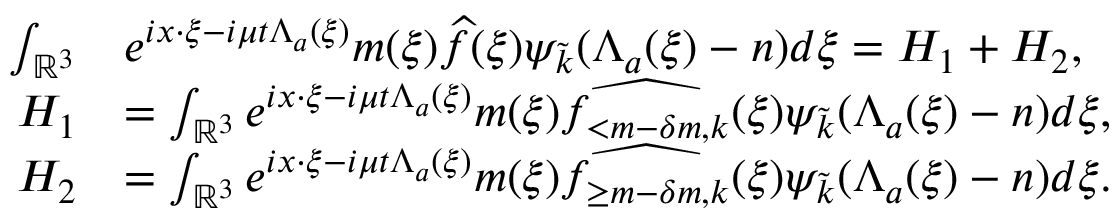
\begin{array} { r l } { \int _ { \mathbb { R } ^ { 3 } } } & { e ^ { i x \cdot \xi - i \mu t \Lambda _ { a } ( \xi ) } m ( \xi ) \widehat { f } ( \xi ) \psi _ { \tilde { k } } ( \Lambda _ { a } ( \xi ) - n ) d \xi = H _ { 1 } + H _ { 2 } , } \\ { H _ { 1 } } & { = \int _ { \mathbb { R } ^ { 3 } } e ^ { i x \cdot \xi - i \mu t \Lambda _ { a } ( \xi ) } m ( \xi ) \widehat { f _ { < m - \delta m , k } } ( \xi ) \psi _ { \tilde { k } } ( \Lambda _ { a } ( \xi ) - n ) d \xi , } \\ { H _ { 2 } } & { = \int _ { \mathbb { R } ^ { 3 } } e ^ { i x \cdot \xi - i \mu t \Lambda _ { a } ( \xi ) } m ( \xi ) \widehat { f _ { \geq m - \delta m , k } } ( \xi ) \psi _ { \tilde { k } } ( \Lambda _ { a } ( \xi ) - n ) d \xi . } \end{array}